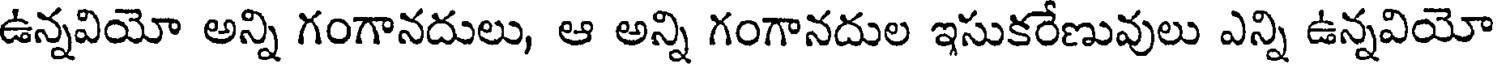
ఉన్నవియో అన్ని గంగానదులు, ఆ అన్ని గంగానదుల ఇసుకరేణువులు ఎన్ని ఉన్నవియో